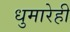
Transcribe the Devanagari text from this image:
धुमारेही